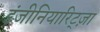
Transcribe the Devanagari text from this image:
इंजीनियारिट्ज़ा